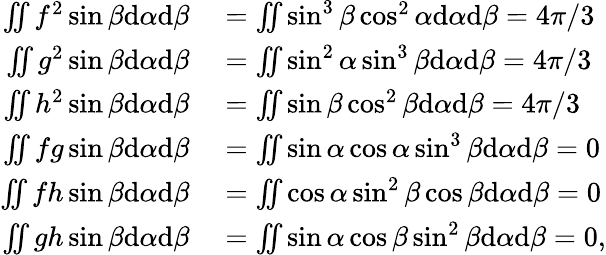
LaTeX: \begin{array}{rl}{\iint f^{2}\sin\beta\textrm{d}\alpha\textrm{d}\beta}&{{}=\iint\sin^{3}\beta\cos^{2}\alpha\textrm{d}\alpha\textrm{d}\beta=4\pi/3}\\ {\iint g^{2}\sin\beta\textrm{d}\alpha\textrm{d}\beta}&{{}=\iint\sin^{2}\alpha\sin^{3}\beta\textrm{d}\alpha\textrm{d}\beta=4\pi/3}\\ {\iint h^{2}\sin\beta\textrm{d}\alpha\textrm{d}\beta}&{{}=\iint\sin\beta\cos^{2}\beta\textrm{d}\alpha\textrm{d}\beta=4\pi/3}\\ {\iint fg\sin\beta\textrm{d}\alpha\textrm{d}\beta}&{{}=\iint\sin\alpha\cos\alpha\sin^{3}\beta\textrm{d}\alpha\textrm{d}\beta=0}\\ {\iint fh\sin\beta\textrm{d}\alpha\textrm{d}\beta}&{{}=\iint\cos\alpha\sin^{2}\beta\cos\beta\textrm{d}\alpha\textrm{d}\beta=0}\\ {\iint gh\sin\beta\textrm{d}\alpha\textrm{d}\beta}&{{}=\iint\sin\alpha\cos\beta\sin^{2}\beta\textrm{d}\alpha\textrm{d}\beta=0,}\end{array}